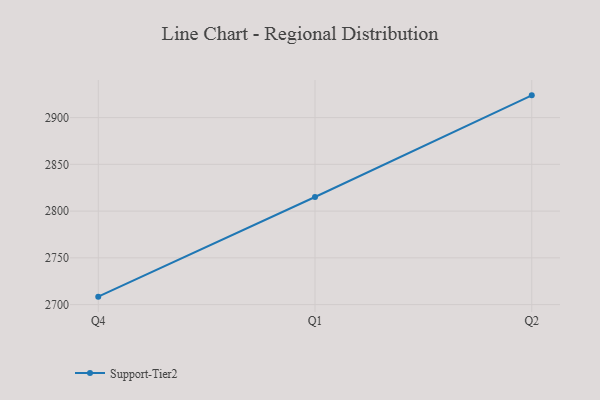
{"axis": {"x": "Quarter", "y": "Active Users"}, "legend": ["Support-Tier2"], "data": [{"x": "Q4", "y": 2708.5, "type": "Support-Tier2"}, {"x": "Q1", "y": 2815.1, "type": "Support-Tier2"}, {"x": "Q2", "y": 2923.8, "type": "Support-Tier2"}]}